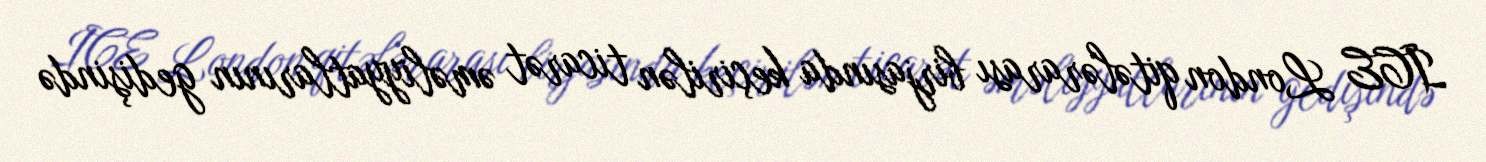
ICE London qitələrarası birjasında keçirilən ticarət əməliyyatlarının gedişində